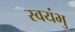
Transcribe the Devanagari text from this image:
स्‍वयंभु